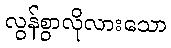
လွန်စွာလိုလားသော